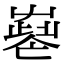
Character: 𡴧